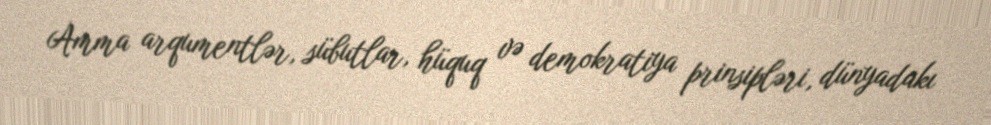
Amma arqumentlər, sübutlar, hüquq və demokratiya prinsipləri, dünyadakı